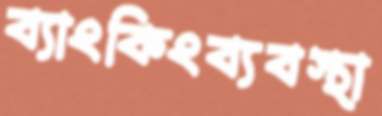
ব্যাংকিংব্যবস্থা